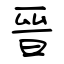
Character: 晉